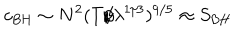
LaTeX: c _ { \mathrm { B H } } \sim N ^ { 2 } ( T / \lambda ^ { 1 / 3 } ) ^ { 9 / 5 } \approx S _ { \mathrm { B H } }